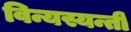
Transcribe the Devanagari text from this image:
विन्यस्यन्ती